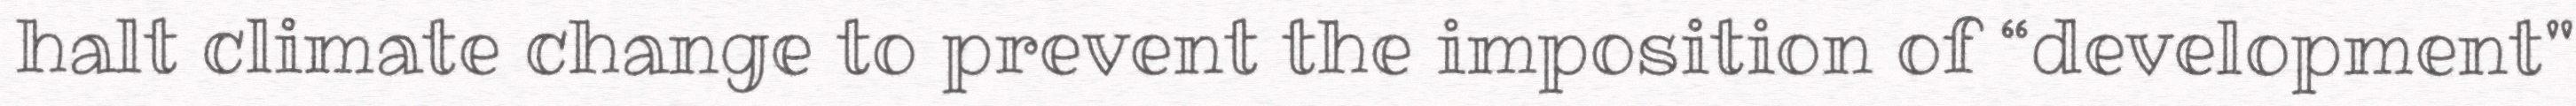
halt climate change to prevent the imposition of “development"